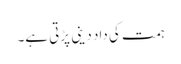
ہمت کی داد دینی پڑتی ہے۔